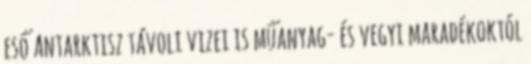
eső Antarktisz távoli vizei is műanyag- és vegyi maradékoktól